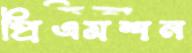
প্রিএমশন